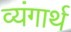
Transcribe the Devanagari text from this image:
व्यंगार्थ